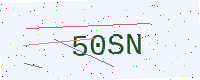
Text: 50SN